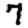
Digit: 7